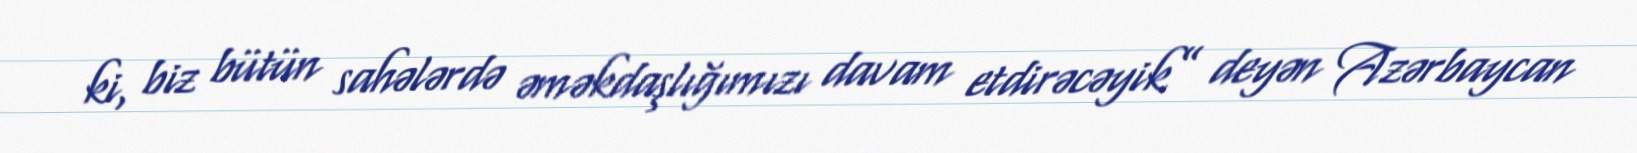
ki, biz bütün sahələrdə əməkdaşlığımızı davam etdirəcəyik” deyən Azərbaycan